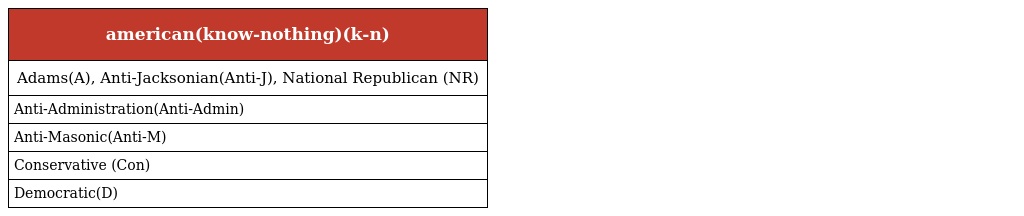
| american(know-nothing)(k-n) |
 | --- |
 | Adams(A), Anti-Jacksonian(Anti-J), National Republican (NR) |
 | Anti-Administration(Anti-Admin) |
 | Anti-Masonic(Anti-M) |
 | Conservative (Con) |
 | Democratic(D) |